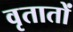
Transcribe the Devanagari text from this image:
वृतातों